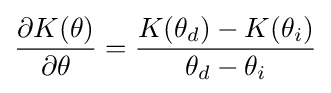
{\frac {\partial K(\theta )}{\partial \theta }}={\frac {K(\theta _{d})-K(\theta _{i})}{\theta _{d}-\theta _{i}}}